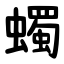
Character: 蠋